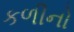
કળીનો